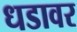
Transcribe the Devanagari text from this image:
धडावर